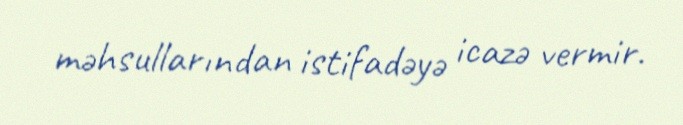
məhsullarından istifadəyə icazə vermir.